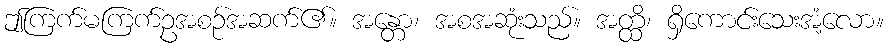
ဤကြက်မကြက်ဥအစဉ်အဆက်၏။ အန္တော၊ အစအဆုံးသည်။ အတ္ထိ၊ ရှိကောင်းသေးအံ့လော။